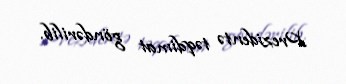
Prezidentə təqdimat göndərilib.